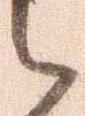
ら